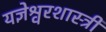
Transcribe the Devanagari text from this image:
यज्ञेश्वरशास्त्री